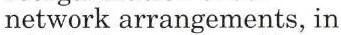
network arrangements, in